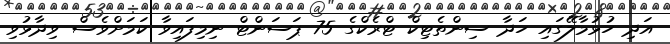
އަދި ހުޅުމާލޭގައި ހަދާ ސިންތެޓިކް ޓްރެކްގެ 75 ޕަސަންޓް ނިމިފައިވާ ކަމަށްވެސް ވިދާޅުވި